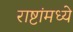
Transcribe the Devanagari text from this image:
राष्टांमध्ये